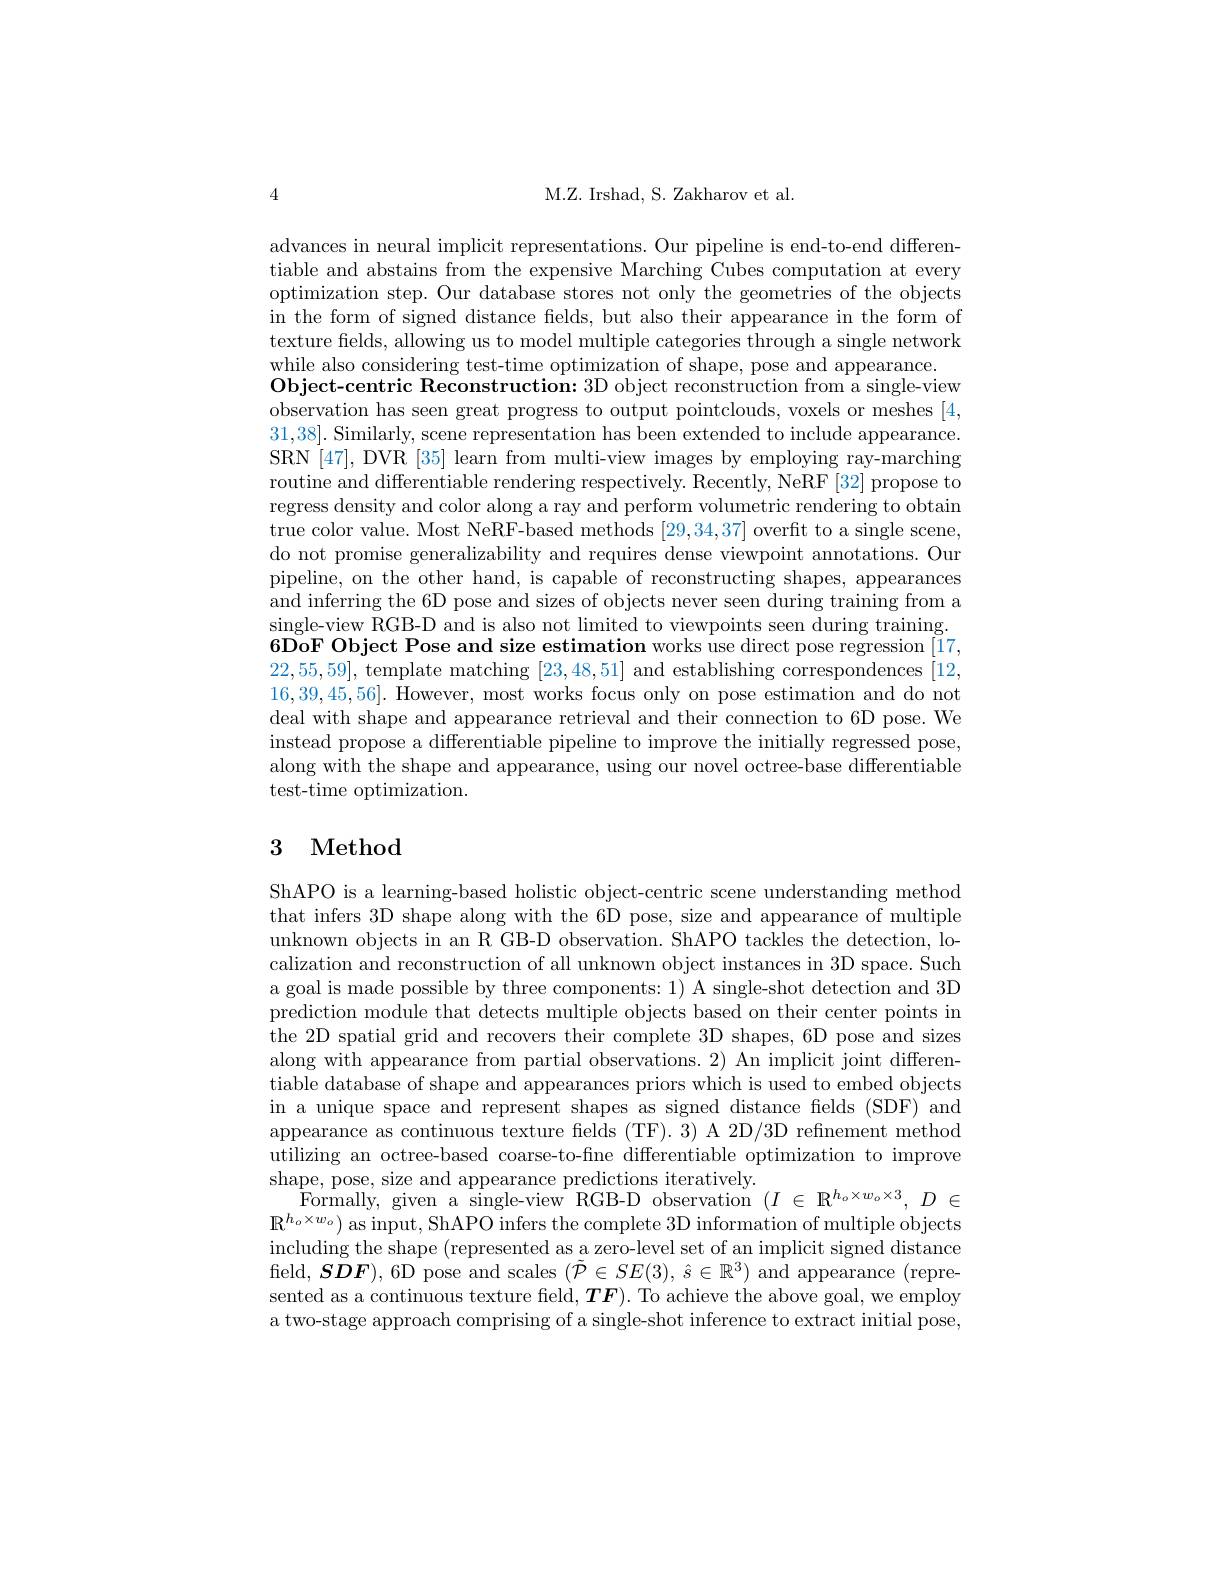
4

M.Z. Irshad, S. Zakharov et al.

advances in neural implicit representations. Our pipeline is end-to-end differentiable and abstains from the expensive Marching Cubes computation at every optimization step. Our database stores not only the geometries of the objects in the form of signed distance fields, but also their appearance in the form of texture fields, allowing us to model multiple categories through a single network while also considering test-time optimization of shape, pose and appearance.
Object-centric Reconstruction: 3D object reconstruction from a single-view observation has seen great progress to output pointclouds, voxels or meshes [4, 31,38]. Similarly, scene representation has been extended to include appearance. SRN [47], DVR [35] learn from multi-view images by employing ray-marching routine and differentiable rendering respectively. Recently, NeRF [32] propose to regress density and color along a ray and perform volumetric rendering to obtain true color value. Most NeRF-based methods [29,34,37] overfit to a single scene, do not promise generalizability and requires dense viewpoint annotations. Our pipeline, on the other hand, is capable of reconstructing shapes, appearances and inferring the 6D pose and sizes of objects never seen during training from a single-view RGB-D and is also not limited to viewpoints seen during training. 6DoF Object Pose and size estimation works use direct pose regression [17, 22,55,59], template matching [23,48,51] and establishing correspondences [12, 16,39,45,56]. However, most works focus only on pose estimation and do not deal with shape and appearance retrieval and their connection to 6D pose. We instead propose a differentiable pipeline to improve the initially regressed pose, along with the shape and appearance, using our novel octree-base differentiable test-time optimization.

## 3 Method

ShAPO is a learning-based holistic object-centric scene understanding method that infers 3D shape along with the 6D pose, size and appearance of multiple unknown objects in an R GB-D observation. ShAPO tackles the detection, localization and reconstruction of all unknown object instances in 3D space. Such a goal is made possible by three components: 1) A single-shot detection and 3D prediction module that detects multiple objects based on their center points in the 2D spatial grid and recovers their complete 3D shapes, 6D pose and sizes along with appearance from partial observations. 2) An implicit joint differentiable database of shape and appearances priors which is used to embed objects in a unique space and represent shapes as signed distance felds (SDF) and appearance as continuous texture fields (TF).3) A 2D/3D refinement method utilizing an octree-based coarse-to-fine differentiable optimization to improve shape, pose, size and appearance predictions iteratively.
Formally, given a single- view RGB- D observation $( I$ $\in$ $\mathbb{R} ^{h_o\times w_o\times 3}$, $D$ $\in$ $\mathbb{R}^{h_o\times w_o})$ as input, ShAPO infers the complete 3D information of multiple objects including the shape (represented as a zero-level set of an implicit signed distance field, $S\vec{\boldsymbol{D}}\boldsymbol{F}),6$D pose and scales $(\tilde{\mathcal{P}}\in SE(3),\hat{s}\in\mathbb{R}^{3})$ and appearance (represented as a continuous texture field, $\boldsymbol{TF}).$ To achieve the above goal, we employ a two-stage approach comprising of a single-shot inference to extract initial pose